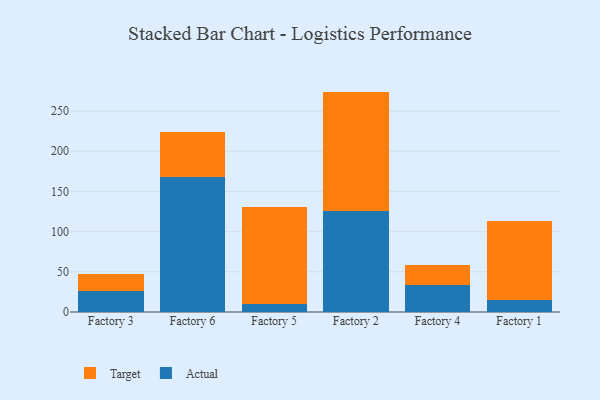
{"axis": {"x": "Factory", "y": "Headcount"}, "legend": ["Actual", "Target"], "data": [{"x": "Factory 3", "y": 26.6, "type": "Actual"}, {"x": "Factory 3", "y": 20.2, "type": "Target"}, {"x": "Factory 6", "y": 167.4, "type": "Actual"}, {"x": "Factory 6", "y": 56.8, "type": "Target"}, {"x": "Factory 5", "y": 9.9, "type": "Actual"}, {"x": "Factory 5", "y": 121.1, "type": "Target"}, {"x": "Factory 2", "y": 125.2, "type": "Actual"}, {"x": "Factory 2", "y": 149.0, "type": "Target"}, {"x": "Factory 4", "y": 34.0, "type": "Actual"}, {"x": "Factory 4", "y": 24.2, "type": "Target"}, {"x": "Factory 1", "y": 14.5, "type": "Actual"}, {"x": "Factory 1", "y": 98.8, "type": "Target"}]}